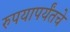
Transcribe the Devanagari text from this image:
रुपयापर्यंतचे